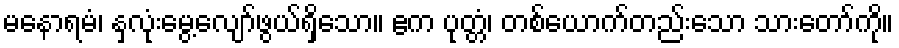
မနောရမံ၊ နှလုံးမွေ့လျော်ဖွယ်ရှိသော။ ဧက ပုတ္တံ၊ တစ်ယောက်တည်းသော သားတော်ကို။